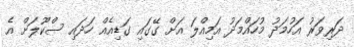
ދަރިވަރު އަހުމަދު މުހައްމަދު އަމިއްލަ އަށް ގޭގައި ގަޑިއެއް ހަދައި ސްކޫލަށް އެ